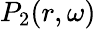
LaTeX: P_{2}(r,\omega)